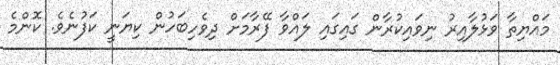
މައްޔިތާ ވަޅުލާއިރު ނިވައިކުރާން ގައިގައި ލައްވާ ފޭރާމަށް ދިވެހިބަހުން ކިޔަނީ ކަފުނެވެ. ކޮންމެ